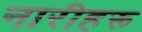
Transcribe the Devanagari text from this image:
नारीहरू